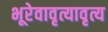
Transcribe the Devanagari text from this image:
भूरेवावृत्यावृत्य